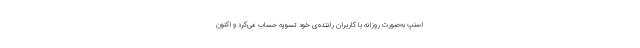
اسنپ به‌صورت روزانه با کاربران راننده‌ی خود تسویه حساب می‌کرد و اکنون